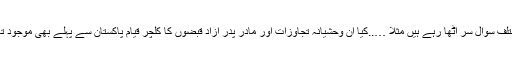
مختلف سوال سر اٹھا رہے ہیں مثلاً …..کیا ان وحشیانہ تجاوزات اور مادر پدر آزاد قبضوں کا کلچر قیام پاکستان سے پہلے بھی موجود تھا؟